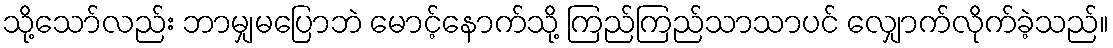
သို့သော်လည်း ဘာမျှမပြောဘဲ မောင့်နောက်သို့ ကြည်ကြည်သာသာပင် လျှောက်လိုက်ခဲ့သည်။